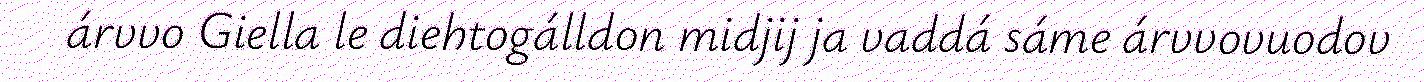
árvvo Giella le diehtogálldon midjij ja vaddá sáme árvvovuodov